Document type: Emphyteutic lease
Year: 1333
Scribe: Berenguer Simó
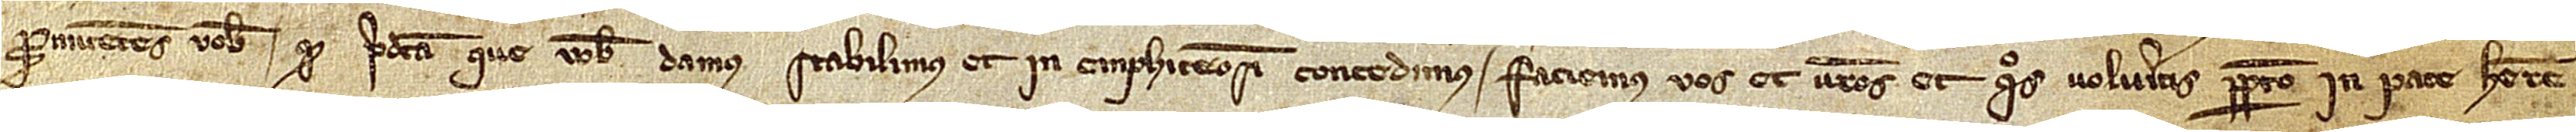
Promitentes vobis quod predicta que vobis damus, stabilimus et in emphiteosim concedimus faciemus vos et vestros et quos volueritis perpetuo in pace habere,